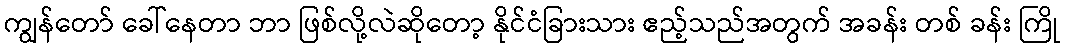
ကျွန်တော် ခေါ်နေတာ ဘာ ဖြစ်လို့လဲဆိုတော့ နိုင်ငံခြားသား ဧည့်သည်အတွက် အခန်း တစ် ခန်း ကြို